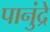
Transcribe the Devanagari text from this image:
पानुंद्रे